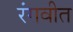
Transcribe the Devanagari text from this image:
रंगवीत